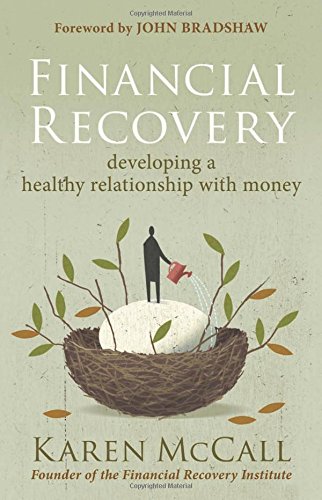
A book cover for Financial Recovery: Developing a Healthy Relationship with Money; Karen McCall; Health, Fitness & Dieting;